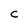
Character: C